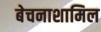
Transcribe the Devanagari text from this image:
बेचनाशामिल